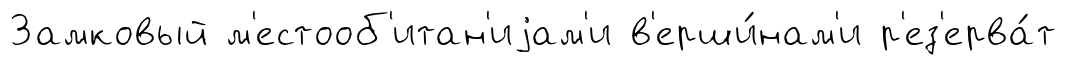
Замковый м'естооб'итан'иjам'и в'ерши́нам'и р'ез'ерва́т